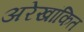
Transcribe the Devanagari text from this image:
अरेखांकित